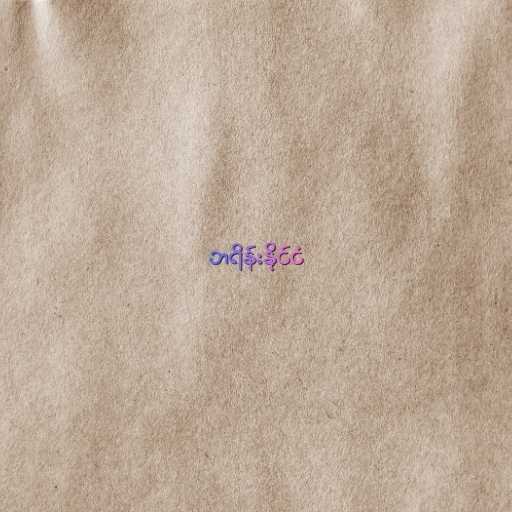
ဘရိန်းနိုင်ငံ